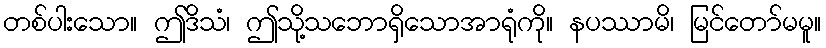
တစ်ပါးသော။ ဤဒိသံ၊ ဤသို့သဘောရှိသောအာရုံကို။ နပဿာမိ၊ မြင်တော်မမူ။